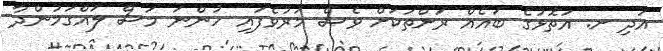
އަދި ށ. އަތޮޅުގެ ބައެއް ރަށްތަކަށް ވެސް މަރުވެފައި ހުންނަ މަސް ލައްގަމުންދާ